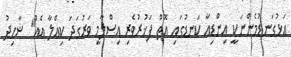
އަޅުގަނޑުމެންނަކީ އިންޑިއާ ކަނޑުގައި އޮތް ފަޚުރުވެރި އިސްލާމީ ވަރުގަދަ ކިއްލާ އެއް" ޝާހިދު